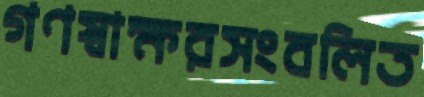
গণস্বাক্ষরসংবলিত